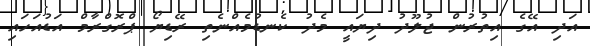
އަދި އޭގެ އިތުރުން ޖުލޫދު ދިޔައީ މެދު ކެނޑުމެއްނެތި ރޭޑިޔޯ ޕްރޮގްރާމް އަޑުއަހައި